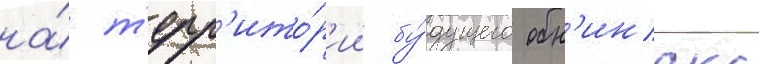
на́ т'ерр'ито́р'ии бу́дущего обн'инска